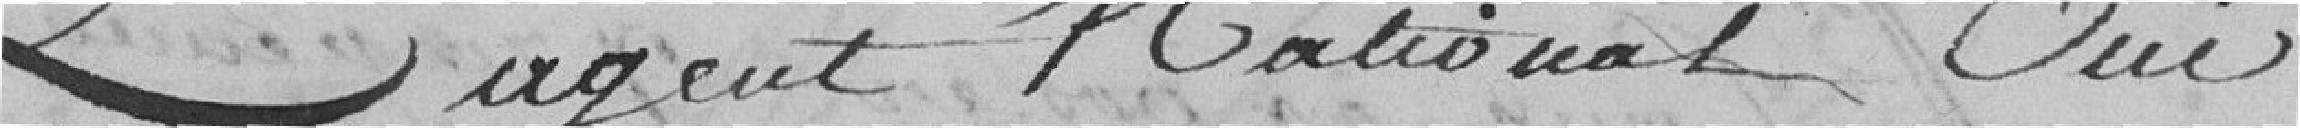
L'agent National Oui